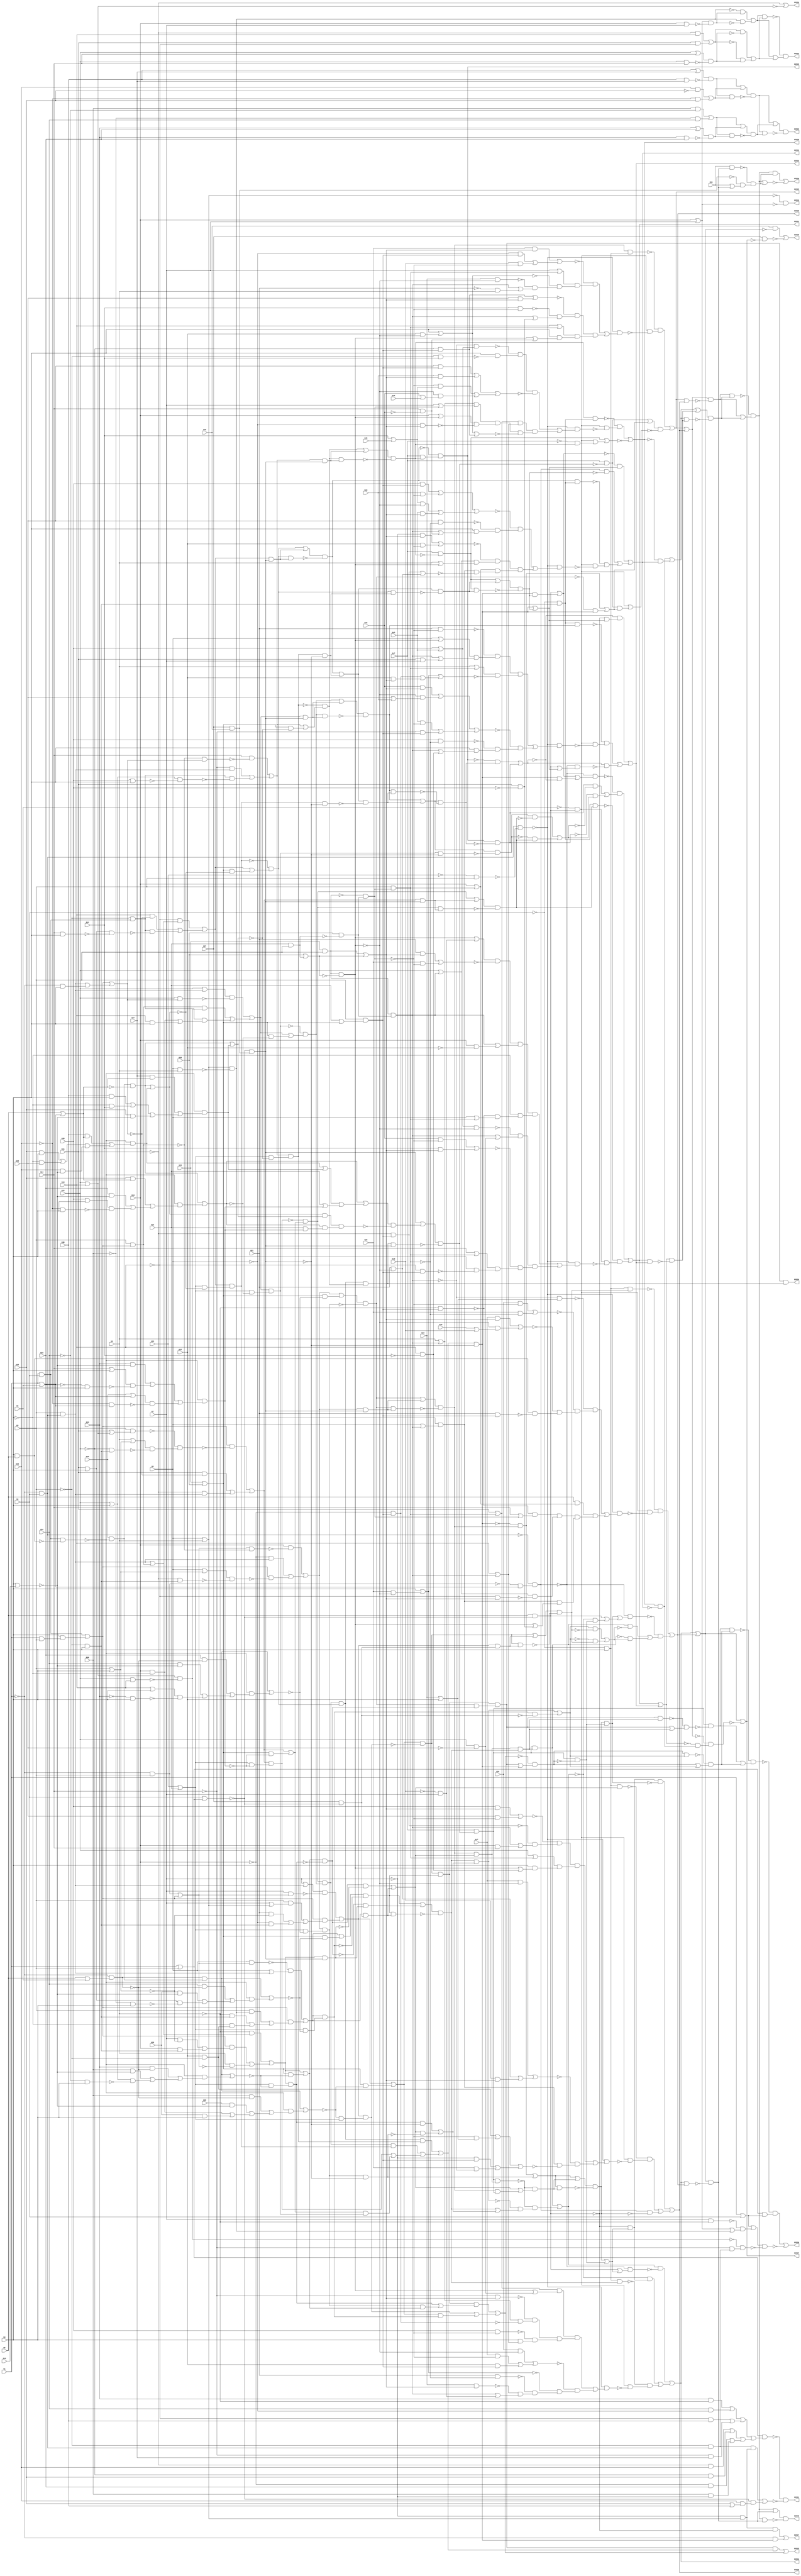
module c3540 ( G1 , G10 , G11 , G12 , G13 , G14 , G15 , G16 , G17 , G18 , G19 , G2 , G20 , G21 , G22 , G23 , G24 , G25 , G26 , G27 , G28 , G29 , G3 , G30 , G31 , G32 , G33 , G34 , G35 , G36 , G37 , G38 , G39 , G4 , G40 , G41 , G42 , G43 , G44 , G45 , G46 , G47 , G48 , G49 , G5 , G50 , G6 , G7 , G8 , G9 , G3519 , G3520 , G3521 , G3522 , G3523 , G3524 , G3525 , G3526 , G3527 , G3528 , G3529 , G3530 , G3531 , G3532 , G3533 , G3534 , G3535 , G3536 , G3537 , G3538 , G3539 , G3540 );
  input G1 , G10 , G11 , G12 , G13 , G14 , G15 , G16 , G17 , G18 , G19 , G2 , G20 , G21 , G22 , G23 , G24 , G25 , G26 , G27 , G28 , G29 , G3 , G30 , G31 , G32 , G33 , G34 , G35 , G36 , G37 , G38 , G39 , G4 , G40 , G41 , G42 , G43 , G44 , G45 , G46 , G47 , G48 , G49 , G5 , G50 , G6 , G7 , G8 , G9 ;
  output G3519 , G3520 , G3521 , G3522 , G3523 , G3524 , G3525 , G3526 , G3527 , G3528 , G3529 , G3530 , G3531 , G3532 , G3533 , G3534 , G3535 , G3536 , G3537 , G3538 , G3539 , G3540 ;
  wire n51 , n52 , n53 , n54 , n55 , n56 , n57 , n58 , n59 , n60 , n61 , n62 , n63 , n64 , n65 , n66 , n67 , n68 , n69 , n70 , n71 , n72 , n73 , n74 , n75 , n76 , n77 , n78 , n79 , n80 , n81 , n82 , n83 , n84 , n85 , n86 , n87 , n88 , n89 , n90 , n91 , n92 , n93 , n94 , n95 , n96 , n97 , n98 , n99 , n100 , n101 , n102 , n103 , n104 , n105 , n106 , n107 , n108 , n109 , n110 , n111 , n112 , n113 , n114 , n115 , n116 , n117 , n118 , n119 , n120 , n121 , n122 , n123 , n124 , n125 , n126 , n127 , n128 , n129 , n130 , n131 , n132 , n133 , n134 , n135 , n136 , n137 , n138 , n139 , n140 , n141 , n142 , n143 , n144 , n145 , n146 , n147 , n148 , n149 , n150 , n151 , n152 , n153 , n154 , n155 , n156 , n157 , n158 , n159 , n160 , n161 , n162 , n163 , n164 , n165 , n166 , n167 , n168 , n169 , n170 , n171 , n172 , n173 , n174 , n175 , n176 , n177 , n178 , n179 , n180 , n181 , n182 , n183 , n184 , n185 , n186 , n187 , n188 , n189 , n190 , n191 , n192 , n193 , n194 , n195 , n196 , n197 , n198 , n199 , n200 , n201 , n202 , n203 , n204 , n205 , n206 , n207 , n208 , n209 , n210 , n211 , n212 , n213 , n214 , n215 , n216 , n217 , n218 , n219 , n220 , n221 , n222 , n223 , n224 , n225 , n226 , n227 , n228 , n229 , n230 , n231 , n232 , n233 , n234 , n235 , n236 , n237 , n238 , n239 , n240 , n241 , n242 , n243 , n244 , n245 , n246 , n247 , n248 , n249 , n250 , n251 , n252 , n253 , n254 , n255 , n256 , n257 , n258 , n259 , n260 , n261 , n262 , n263 , n264 , n265 , n266 , n267 , n268 , n269 , n270 , n271 , n272 , n273 , n274 , n275 , n276 , n277 , n278 , n279 , n280 , n281 , n282 , n283 , n284 , n285 , n286 , n287 , n288 , n289 , n290 , n291 , n292 , n293 , n294 , n295 , n296 , n297 , n298 , n299 , n300 , n301 , n302 , n303 , n304 , n305 , n306 , n307 , n308 , n309 , n310 , n311 , n312 , n313 , n314 , n315 , n316 , n317 , n318 , n319 , n320 , n321 , n322 , n323 , n324 , n325 , n326 , n327 , n328 , n329 , n330 , n331 , n332 , n333 , n334 , n335 , n336 , n337 , n338 , n339 , n340 , n341 , n342 , n343 , n344 , n345 , n346 , n347 , n348 , n349 , n350 , n351 , n352 , n353 , n354 , n355 , n356 , n357 , n358 , n359 , n360 , n361 , n362 , n363 , n364 , n365 , n366 , n367 , n368 , n369 , n370 , n371 , n372 , n373 , n374 , n375 , n376 , n377 , n378 , n379 , n380 , n381 , n382 , n383 , n384 , n385 , n386 , n387 , n388 , n389 , n390 , n391 , n392 , n393 , n394 , n395 , n396 , n397 , n398 , n399 , n400 , n401 , n402 , n403 , n404 , n405 , n406 , n407 , n408 , n409 , n410 , n411 , n412 , n413 , n414 , n415 , n416 , n417 , n418 , n419 , n420 , n421 , n422 , n423 , n424 , n425 , n426 , n427 , n428 , n429 , n430 , n431 , n432 , n433 , n434 , n435 , n436 , n437 , n438 , n439 , n440 , n441 , n442 , n443 , n444 , n445 , n446 , n447 , n448 , n449 , n450 , n451 , n452 , n453 , n454 , n455 , n456 , n457 , n458 , n459 , n460 , n461 , n462 , n463 , n464 , n465 , n466 , n467 , n468 , n469 , n470 , n471 , n472 , n473 , n474 , n475 , n476 , n477 , n478 , n479 , n480 , n481 , n482 , n483 , n484 , n485 , n486 , n487 , n488 , n489 , n490 , n491 , n492 , n493 , n494 , n495 , n496 , n497 , n498 , n499 , n500 , n501 , n502 , n503 , n504 , n505 , n506 , n507 , n508 , n509 , n510 , n511 , n512 , n513 , n514 , n515 , n516 , n517 , n518 , n519 , n520 , n521 , n522 , n523 , n524 , n525 , n526 , n527 , n528 , n529 , n530 , n531 , n532 , n533 , n534 , n535 , n536 , n537 , n538 , n539 , n540 , n541 , n542 , n543 , n544 , n545 , n546 , n547 , n548 , n549 , n550 , n551 , n552 , n553 , n554 , n555 , n556 , n557 , n558 , n559 , n560 , n561 , n562 , n563 , n564 , n565 , n566 , n567 , n568 , n569 , n570 , n571 , n572 , n573 , n574 , n575 , n576 , n577 , n578 , n579 , n580 , n581 , n582 , n583 , n584 , n585 , n586 , n587 , n588 , n589 , n590 , n591 , n592 , n593 , n594 , n595 , n596 , n597 , n598 , n599 , n600 , n601 , n602 , n603 , n604 , n605 , n606 , n607 , n608 , n609 , n610 , n611 , n612 , n613 , n614 , n615 , n616 , n617 , n618 , n619 , n620 , n621 , n622 , n623 , n624 , n625 , n626 , n627 , n628 , n629 , n630 , n631 , n632 , n633 , n634 , n635 , n636 , n637 , n638 , n639 , n640 , n641 , n642 , n643 , n644 , n645 , n646 , n647 , n648 , n649 , n650 , n651 , n652 , n653 , n654 , n655 , n656 , n657 , n658 , n659 , n660 , n661 , n662 , n663 , n664 , n665 , n666 , n667 , n668 , n669 , n670 , n671 , n672 , n673 , n674 , n675 , n676 , n677 , n678 , n679 , n680 , n681 , n682 , n683 , n684 , n685 , n686 , n687 , n688 , n689 , n690 , n691 , n692 , n693 , n694 , n695 , n696 , n697 , n698 , n699 , n700 , n701 , n702 , n703 , n704 , n705 , n706 , n707 , n708 , n709 , n710 , n711 , n712 , n713 , n714 , n715 , n716 , n717 , n718 , n719 , n720 , n721 , n722 , n723 , n724 , n725 , n726 , n727 , n728 , n729 , n730 , n731 , n732 , n733 , n734 , n735 , n736 , n737 , n738 , n739 , n740 , n741 , n742 , n743 , n744 , n745 , n746 , n747 , n748 , n749 , n750 , n751 , n752 , n753 , n754 , n755 , n756 , n757 , n758 , n759 , n760 , n761 , n762 , n763 , n764 , n765 , n766 , n767 , n768 , n769 , n770 , n771 , n772 , n773 , n774 , n775 , n776 , n777 , n778 , n779 , n780 , n781 , n782 , n783 , n784 , n785 , n786 , n787 , n788 , n789 , n790 , n791 , n792 , n793 , n794 , n795 , n796 , n797 , n798 , n799 , n800 , n801 , n802 , n803 , n804 , n805 , n806 , n807 , n808 , n809 , n810 , n811 , n812 , n813 , n814 , n815 , n816 , n817 , n818 , n819 , n820 , n821 , n822 , n823 , n824 , n825 , n826 , n827 , n828 , n829 , n830 , n831 , n832 , n833 , n834 , n835 , n836 , n837 , n838 , n839 , n840 , n841 , n842 , n843 , n844 ;
  assign n51 = G8 | G9 ;
  assign n52 = G10 | G7 ;
  assign n53 = ~n51 & ~n52 ;
  assign n54 = G12 | G13 ;
  assign n55 = ~G11 | ~n54 ;
  assign n56 = G1 | G3 ;
  assign n57 = G32 & ~G9 ;
  assign n58 = G31 & ~G8 ;
  assign n59 = n57 | n58 ;
  assign n60 = ~G13 & G36 ;
  assign n61 = ~G14 & G37 ;
  assign n62 = n60 | n61 ;
  assign n63 = n59 | n62 ;
  assign n64 = ~G11 & G34 ;
  assign n65 = ~G12 & G35 ;
  assign n66 = n64 | n65 ;
  assign n67 = ~G10 & G33 ;
  assign n68 = G30 & ~G7 ;
  assign n69 = n67 | n68 ;
  assign n70 = n66 | n69 ;
  assign n71 = n63 | n70 ;
  assign n72 = n56 & n71 ;
  assign n73 = ~G1 & G2 ;
  assign n74 = ~G3 & n73 ;
  assign n75 = ~G7 & n51 ;
  assign n76 = n74 & n75 ;
  assign n77 = G2 | n56 ;
  assign n78 = G35 | G36 ;
  assign n79 = G34 & n78 ;
  assign n80 = ~n77 & n79 ;
  assign n81 = n76 | n80 ;
  assign n82 = ~n72 & ~n81 ;
  assign n83 = G36 | G37 ;
  assign n84 = G36 & G37 ;
  assign n85 = n83 & ~n84 ;
  assign n86 = G34 & ~G35 ;
  assign n87 = ~G34 & G35 ;
  assign n88 = n86 | n87 ;
  assign n89 = n85 | n88 ;
  assign n90 = n85 & n88 ;
  assign n91 = n89 & ~n90 ;
  assign n92 = G30 & ~G31 ;
  assign n93 = ~G30 & G31 ;
  assign n94 = n92 | n93 ;
  assign n95 = G32 | G33 ;
  assign n96 = G32 & G33 ;
  assign n97 = n95 & ~n96 ;
  assign n98 = n94 | n97 ;
  assign n99 = n94 & n97 ;
  assign n100 = n98 & ~n99 ;
  assign n101 = n91 | n100 ;
  assign n102 = n91 & n100 ;
  assign n103 = n101 & ~n102 ;
  assign n104 = G8 & G9 ;
  assign n105 = n51 & ~n104 ;
  assign n106 = G10 & G7 ;
  assign n107 = n52 & ~n106 ;
  assign n108 = ~n105 & n107 ;
  assign n109 = n105 & ~n107 ;
  assign n110 = n108 | n109 ;
  assign n111 = ~G11 & G13 ;
  assign n112 = G11 & ~G13 ;
  assign n113 = n111 | n112 ;
  assign n114 = G12 | G14 ;
  assign n115 = G12 & G14 ;
  assign n116 = n114 & ~n115 ;
  assign n117 = n113 & ~n116 ;
  assign n118 = ~n113 & n116 ;
  assign n119 = n117 | n118 ;
  assign n120 = n110 & n119 ;
  assign n121 = n110 | n119 ;
  assign n122 = ~n120 & n121 ;
  assign n123 = G3 & n73 ;
  assign n124 = G7 | n123 ;
  assign n125 = ~G1 & G3 ;
  assign n126 = G1 & G2 ;
  assign n127 = G1 & G3 ;
  assign n128 = G4 & n127 ;
  assign n129 = n126 | n128 ;
  assign n130 = n125 | n129 ;
  assign n131 = G7 & n130 ;
  assign n132 = n124 & ~n131 ;
  assign n133 = G7 | n51 ;
  assign n134 = G3 & n133 ;
  assign n135 = G3 | G4 ;
  assign n136 = G21 & ~n135 ;
  assign n137 = ~G3 & G4 ;
  assign n138 = ~G8 & n137 ;
  assign n139 = n136 | n138 ;
  assign n140 = n134 | n139 ;
  assign n141 = n129 & n140 ;
  assign n142 = n132 | n141 ;
  assign n143 = G25 | G26 ;
  assign n144 = G5 | G6 ;
  assign n145 = ~G1 & n144 ;
  assign n146 = G4 & G5 ;
  assign n147 = n126 & ~n146 ;
  assign n148 = G38 & ~n147 ;
  assign n149 = n145 & n148 ;
  assign n150 = G30 & ~n145 ;
  assign n151 = G4 | G49 ;
  assign n152 = G28 & ~n151 ;
  assign n153 = G10 & ~G4 ;
  assign n154 = G29 & G4 ;
  assign n155 = n153 | n154 ;
  assign n156 = n152 | n155 ;
  assign n157 = n150 | n156 ;
  assign n158 = ~n147 & n157 ;
  assign n159 = n149 | n158 ;
  assign n160 = n143 & ~n159 ;
  assign n161 = n142 | n160 ;
  assign n162 = G23 | G24 ;
  assign n163 = ~n159 & n162 ;
  assign n164 = n142 & n163 ;
  assign n165 = n161 & ~n164 ;
  assign n166 = G8 & n130 ;
  assign n167 = G8 | n123 ;
  assign n168 = ~n166 & n167 ;
  assign n169 = G3 & n105 ;
  assign n170 = ~G9 & n137 ;
  assign n171 = G22 & ~G3 ;
  assign n172 = ~G4 & n171 ;
  assign n173 = n170 | n172 ;
  assign n174 = n169 | n173 ;
  assign n175 = n129 & n174 ;
  assign n176 = n168 | n175 ;
  assign n177 = G31 & ~n145 ;
  assign n178 = G29 & ~n151 ;
  assign n179 = G11 | G4 ;
  assign n180 = ~G30 & G4 ;
  assign n181 = n179 & ~n180 ;
  assign n182 = n178 | n181 ;
  assign n183 = n177 | n182 ;
  assign n184 = ~n147 & n183 ;
  assign n185 = n149 | n184 ;
  assign n186 = n143 & ~n185 ;
  assign n187 = n176 | n186 ;
  assign n188 = n162 & ~n185 ;
  assign n189 = n176 & n188 ;
  assign n190 = n187 & ~n189 ;
  assign n191 = n165 & n190 ;
  assign n192 = G3 & n129 ;
  assign n193 = n130 & ~n192 ;
  assign n194 = G10 & ~n193 ;
  assign n195 = ~G10 & n123 ;
  assign n196 = G8 | n135 ;
  assign n197 = ~G11 & n137 ;
  assign n198 = n196 & ~n197 ;
  assign n199 = n129 & ~n198 ;
  assign n200 = n195 | n199 ;
  assign n201 = n194 | n200 ;
  assign n202 = G33 & ~n145 ;
  assign n203 = G31 & ~n151 ;
  assign n204 = G13 | G4 ;
  assign n205 = ~G32 & G4 ;
  assign n206 = n204 & ~n205 ;
  assign n207 = n203 | n206 ;
  assign n208 = n202 | n207 ;
  assign n209 = ~n147 & n208 ;
  assign n210 = n149 | n209 ;
  assign n211 = n143 & ~n210 ;
  assign n212 = n201 | n211 ;
  assign n213 = n162 & ~n210 ;
  assign n214 = n201 & n213 ;
  assign n215 = n212 & ~n214 ;
  assign n216 = n123 | n192 ;
  assign n217 = ~G9 & n216 ;
  assign n218 = G7 & ~n135 ;
  assign n219 = G10 & n137 ;
  assign n220 = n218 | n219 ;
  assign n221 = n129 & n220 ;
  assign n222 = G9 & ~n130 ;
  assign n223 = n221 | n222 ;
  assign n224 = n217 | n223 ;
  assign n225 = G32 & ~n145 ;
  assign n226 = G30 & ~n151 ;
  assign n227 = G12 | G4 ;
  assign n228 = ~G31 & G4 ;
  assign n229 = n227 & ~n228 ;
  assign n230 = n226 | n229 ;
  assign n231 = n225 | n230 ;
  assign n232 = ~n147 & n231 ;
  assign n233 = n149 | n232 ;
  assign n234 = n143 & ~n233 ;
  assign n235 = n224 | n234 ;
  assign n236 = n162 & ~n233 ;
  assign n237 = n224 & n236 ;
  assign n238 = n235 & ~n237 ;
  assign n239 = n215 & n238 ;
  assign n240 = n191 & n239 ;
  assign n241 = G11 | n54 ;
  assign n242 = G3 & n241 ;
  assign n243 = G9 | n135 ;
  assign n244 = ~G12 & n137 ;
  assign n245 = n243 & ~n244 ;
  assign n246 = ~n242 & n245 ;
  assign n247 = n129 & ~n246 ;
  assign n248 = ~G1 & G4 ;
  assign n249 = n123 | n248 ;
  assign n250 = n129 | n249 ;
  assign n251 = G11 & ~n250 ;
  assign n252 = ~G11 & n123 ;
  assign n253 = n251 | n252 ;
  assign n254 = n247 | n253 ;
  assign n255 = G32 & ~n151 ;
  assign n256 = G14 | G4 ;
  assign n257 = ~G33 & G4 ;
  assign n258 = n256 & ~n257 ;
  assign n259 = n255 | n258 ;
  assign n260 = G1 | G6 ;
  assign n261 = G38 | n260 ;
  assign n262 = ~G34 & n260 ;
  assign n263 = n261 & ~n262 ;
  assign n264 = n259 | n263 ;
  assign n265 = ~n147 & n264 ;
  assign n266 = n162 & ~n265 ;
  assign n267 = n254 & n266 ;
  assign n268 = n143 & ~n265 ;
  assign n269 = n254 | n268 ;
  assign n270 = ~n267 & n269 ;
  assign n271 = G12 | n123 ;
  assign n272 = G12 & n250 ;
  assign n273 = n271 & ~n272 ;
  assign n274 = G12 & G13 ;
  assign n275 = n54 & ~n274 ;
  assign n276 = n192 & n275 ;
  assign n277 = ~G3 & n126 ;
  assign n278 = G13 & G4 ;
  assign n279 = n153 | n278 ;
  assign n280 = n277 & n279 ;
  assign n281 = n276 | n280 ;
  assign n282 = n273 | n281 ;
  assign n283 = G5 | n260 ;
  assign n284 = n148 & ~n283 ;
  assign n285 = G35 & n283 ;
  assign n286 = G33 & ~n151 ;
  assign n287 = G39 | G4 ;
  assign n288 = ~G34 & G4 ;
  assign n289 = n287 & ~n288 ;
  assign n290 = n286 | n289 ;
  assign n291 = n285 | n290 ;
  assign n292 = ~n147 & n291 ;
  assign n293 = n284 | n292 ;
  assign n294 = n162 & ~n293 ;
  assign n295 = n282 & n294 ;
  assign n296 = n143 & ~n293 ;
  assign n297 = n282 | n296 ;
  assign n298 = ~n295 & n297 ;
  assign n299 = n270 & n298 ;
  assign n300 = ~G13 & n216 ;
  assign n301 = G13 & ~n250 ;
  assign n302 = G14 & G4 ;
  assign n303 = n179 & ~n302 ;
  assign n304 = n277 & ~n303 ;
  assign n305 = n301 | n304 ;
  assign n306 = n300 | n305 ;
  assign n307 = G36 & n283 ;
  assign n308 = G35 & G4 ;
  assign n309 = ~G4 & G40 ;
  assign n310 = n308 | n309 ;
  assign n311 = G34 & ~n151 ;
  assign n312 = n310 | n311 ;
  assign n313 = n307 | n312 ;
  assign n314 = ~n147 & n313 ;
  assign n315 = n284 | n314 ;
  assign n316 = n162 & ~n315 ;
  assign n317 = n306 & n316 ;
  assign n318 = n143 & ~n315 ;
  assign n319 = n306 | n318 ;
  assign n320 = ~n317 & n319 ;
  assign n321 = n299 & n320 ;
  assign n322 = ~n192 & n250 ;
  assign n323 = G14 & ~n322 ;
  assign n324 = ~G14 & n123 ;
  assign n325 = G39 & G4 ;
  assign n326 = n227 & ~n325 ;
  assign n327 = n277 & ~n326 ;
  assign n328 = n324 | n327 ;
  assign n329 = n323 | n328 ;
  assign n330 = G37 & n283 ;
  assign n331 = G36 & G4 ;
  assign n332 = ~G4 & G41 ;
  assign n333 = n331 | n332 ;
  assign n334 = G35 & ~n151 ;
  assign n335 = n333 | n334 ;
  assign n336 = n330 | n335 ;
  assign n337 = ~n147 & n336 ;
  assign n338 = n284 | n337 ;
  assign n339 = n162 & ~n338 ;
  assign n340 = n329 & n339 ;
  assign n341 = n143 & ~n338 ;
  assign n342 = n329 | n341 ;
  assign n343 = ~n340 & n342 ;
  assign n344 = n321 & n343 ;
  assign n345 = n240 & n344 ;
  assign n346 = n321 & n340 ;
  assign n347 = n299 & n317 ;
  assign n348 = n269 & n295 ;
  assign n349 = n267 | n348 ;
  assign n350 = n347 | n349 ;
  assign n351 = n346 | n350 ;
  assign n352 = n240 & n351 ;
  assign n353 = n214 & n235 ;
  assign n354 = n237 | n353 ;
  assign n355 = n191 & n354 ;
  assign n356 = n161 & n189 ;
  assign n357 = n164 | n356 ;
  assign n358 = n355 | n357 ;
  assign n359 = n352 | n358 ;
  assign n360 = G27 & G48 ;
  assign n361 = ~n77 & n360 ;
  assign n362 = n306 & n361 ;
  assign n363 = n320 | n362 ;
  assign n364 = n320 & n362 ;
  assign n365 = n363 & ~n364 ;
  assign n366 = n329 & n361 ;
  assign n367 = n343 | n366 ;
  assign n368 = n343 & n366 ;
  assign n369 = n367 & ~n368 ;
  assign n370 = G47 & n369 ;
  assign n371 = ~n365 & n370 ;
  assign n372 = G5 & ~n77 ;
  assign n373 = n75 & ~n372 ;
  assign n374 = n351 & ~n361 ;
  assign n375 = ~G1 & n374 ;
  assign n376 = n373 | n375 ;
  assign n377 = ~G2 & n137 ;
  assign n378 = n369 & n377 ;
  assign n379 = ~G6 & n372 ;
  assign n380 = ~G23 & G3 ;
  assign n381 = n73 & ~n380 ;
  assign n382 = G25 & G3 ;
  assign n383 = G24 & G3 ;
  assign n384 = G26 & ~n383 ;
  assign n385 = n382 & n384 ;
  assign n386 = G39 | G43 ;
  assign n387 = ~n385 & n386 ;
  assign n388 = ~G3 & G41 ;
  assign n389 = G4 & ~n388 ;
  assign n390 = ~n387 & n389 ;
  assign n391 = G24 | n143 ;
  assign n392 = G3 & n391 ;
  assign n393 = G40 & n392 ;
  assign n394 = G26 | n383 ;
  assign n395 = n382 | n394 ;
  assign n396 = G44 & n395 ;
  assign n397 = n393 | n396 ;
  assign n398 = ~n382 & n384 ;
  assign n399 = G41 | G45 ;
  assign n400 = ~n398 & n399 ;
  assign n401 = n382 & ~n394 ;
  assign n402 = G42 | G46 ;
  assign n403 = ~n401 & n402 ;
  assign n404 = n400 | n403 ;
  assign n405 = n397 | n404 ;
  assign n406 = n390 & ~n405 ;
  assign n407 = G3 & n398 ;
  assign n408 = G11 | n407 ;
  assign n409 = G13 | n385 ;
  assign n410 = n408 & n409 ;
  assign n411 = G9 | n385 ;
  assign n412 = G7 | n398 ;
  assign n413 = n411 & n412 ;
  assign n414 = G10 | n401 ;
  assign n415 = ~G8 & n395 ;
  assign n416 = n414 & ~n415 ;
  assign n417 = n413 & n416 ;
  assign n418 = G22 & ~n401 ;
  assign n419 = G4 | n418 ;
  assign n420 = ~G12 & n392 ;
  assign n421 = n419 | n420 ;
  assign n422 = n417 & ~n421 ;
  assign n423 = n410 & n422 ;
  assign n424 = n406 | n423 ;
  assign n425 = ~n381 & n424 ;
  assign n426 = n379 & ~n425 ;
  assign n427 = ~n378 & n426 ;
  assign n428 = G47 & ~n369 ;
  assign n429 = ~G47 & n369 ;
  assign n430 = n379 | n429 ;
  assign n431 = n428 | n430 ;
  assign n432 = n427 | ~n431 ;
  assign n433 = n201 & n361 ;
  assign n434 = n215 | n433 ;
  assign n435 = n215 & n433 ;
  assign n436 = n434 & ~n435 ;
  assign n437 = ~G2 & G4 ;
  assign n438 = n436 & n437 ;
  assign n439 = G20 & n395 ;
  assign n440 = ~G8 & n392 ;
  assign n441 = G19 & ~n398 ;
  assign n442 = n440 | n441 ;
  assign n443 = n439 | n442 ;
  assign n444 = G7 | n407 ;
  assign n445 = G18 & ~n401 ;
  assign n446 = ~G21 & G9 ;
  assign n447 = n385 | n446 ;
  assign n448 = ~n445 & n447 ;
  assign n449 = ~n419 & n448 ;
  assign n450 = n444 & n449 ;
  assign n451 = ~n443 & n450 ;
  assign n452 = G40 & n395 ;
  assign n453 = n420 | n452 ;
  assign n454 = G41 & ~n398 ;
  assign n455 = G11 & ~G39 ;
  assign n456 = n385 | n455 ;
  assign n457 = ~n454 & n456 ;
  assign n458 = ~n453 & n457 ;
  assign n459 = G13 | n407 ;
  assign n460 = G14 & ~G42 ;
  assign n461 = n401 | n460 ;
  assign n462 = G4 & n461 ;
  assign n463 = n459 & n462 ;
  assign n464 = n458 & n463 ;
  assign n465 = n451 | n464 ;
  assign n466 = ~n381 & n465 ;
  assign n467 = n379 & ~n466 ;
  assign n468 = ~n438 & n467 ;
  assign n469 = n314 | n337 ;
  assign n470 = G24 | n265 ;
  assign n471 = n469 | n470 ;
  assign n472 = n293 | n471 ;
  assign n473 = n315 & n338 ;
  assign n474 = G24 & n265 ;
  assign n475 = n293 & n474 ;
  assign n476 = n473 & n475 ;
  assign n477 = n472 & ~n476 ;
  assign n478 = n361 | n477 ;
  assign n479 = n344 & n361 ;
  assign n480 = n478 & ~n479 ;
  assign n481 = G47 & ~n480 ;
  assign n482 = ~n374 & n436 ;
  assign n483 = ~n215 & n374 ;
  assign n484 = n482 | n483 ;
  assign n485 = n481 | n484 ;
  assign n486 = n481 & n484 ;
  assign n487 = n379 | n486 ;
  assign n488 = n485 & ~n487 ;
  assign n489 = n468 | n488 ;
  assign n490 = G47 & n480 ;
  assign n491 = n224 & n361 ;
  assign n492 = n238 & ~n491 ;
  assign n493 = ~n238 & n491 ;
  assign n494 = n492 | n493 ;
  assign n495 = n436 & n494 ;
  assign n496 = G27 & ~n77 ;
  assign n497 = n176 & n496 ;
  assign n498 = n190 | n497 ;
  assign n499 = n190 & n497 ;
  assign n500 = n498 & ~n499 ;
  assign n501 = n495 & n500 ;
  assign n502 = n240 & n501 ;
  assign n503 = n240 | n501 ;
  assign n504 = ~n502 & n503 ;
  assign n505 = n490 & ~n504 ;
  assign n506 = n240 | n374 ;
  assign n507 = ~n358 & n506 ;
  assign n508 = n237 & ~n361 ;
  assign n509 = n214 & ~n361 ;
  assign n510 = n494 & ~n509 ;
  assign n511 = n508 | n510 ;
  assign n512 = n500 & n511 ;
  assign n513 = n189 & ~n496 ;
  assign n514 = n512 | n513 ;
  assign n515 = n507 & n514 ;
  assign n516 = n507 | n514 ;
  assign n517 = ~n515 & n516 ;
  assign n518 = n505 & n517 ;
  assign n519 = n505 | n517 ;
  assign n520 = ~n518 & n519 ;
  assign n521 = G1 | G2 ;
  assign n522 = n56 & n521 ;
  assign n523 = ~n520 & n522 ;
  assign n524 = G7 & ~G9 ;
  assign n525 = n52 | n105 ;
  assign n526 = ~n524 & n525 ;
  assign n527 = n521 | n526 ;
  assign n528 = ~G14 & n74 ;
  assign n529 = ~n275 & n528 ;
  assign n530 = n527 & ~n529 ;
  assign n531 = n523 | ~n530 ;
  assign n532 = ~n125 & n260 ;
  assign n533 = ~n73 & n532 ;
  assign n534 = n340 & ~n361 ;
  assign n535 = n365 | n534 ;
  assign n536 = n320 & n534 ;
  assign n537 = n535 & ~n536 ;
  assign n538 = n428 | n537 ;
  assign n539 = n428 & n537 ;
  assign n540 = n538 & ~n539 ;
  assign n541 = n374 & n540 ;
  assign n542 = n372 | n541 ;
  assign n543 = n282 & n361 ;
  assign n544 = n298 | n543 ;
  assign n545 = n298 & n543 ;
  assign n546 = n544 & ~n545 ;
  assign n547 = n317 & ~n361 ;
  assign n548 = n535 & ~n547 ;
  assign n549 = n546 | n548 ;
  assign n550 = n546 & n548 ;
  assign n551 = n549 & ~n550 ;
  assign n552 = ~n371 & n551 ;
  assign n553 = n371 & ~n551 ;
  assign n554 = n552 | n553 ;
  assign n555 = n374 & ~n554 ;
  assign n556 = n542 | n555 ;
  assign n557 = ~n533 & n556 ;
  assign n558 = n295 & ~n361 ;
  assign n559 = n549 & ~n558 ;
  assign n560 = n254 & n361 ;
  assign n561 = n270 | n560 ;
  assign n562 = n270 & n560 ;
  assign n563 = n561 & ~n562 ;
  assign n564 = n559 & ~n563 ;
  assign n565 = ~n559 & n563 ;
  assign n566 = n564 | n565 ;
  assign n567 = n553 & ~n566 ;
  assign n568 = ~n553 & n566 ;
  assign n569 = n567 | n568 ;
  assign n570 = ~n557 & n569 ;
  assign n571 = n377 & n563 ;
  assign n572 = ~G19 & G7 ;
  assign n573 = n401 | n572 ;
  assign n574 = G21 & n395 ;
  assign n575 = G20 & ~n398 ;
  assign n576 = n574 | n575 ;
  assign n577 = n573 & ~n576 ;
  assign n578 = G10 & ~G22 ;
  assign n579 = n385 | n578 ;
  assign n580 = n577 & n579 ;
  assign n581 = ~G9 & n392 ;
  assign n582 = G8 | n407 ;
  assign n583 = ~n581 & n582 ;
  assign n584 = ~G4 & n583 ;
  assign n585 = n580 & n584 ;
  assign n586 = n386 & ~n401 ;
  assign n587 = G12 & ~G40 ;
  assign n588 = n385 | n587 ;
  assign n589 = ~n586 & n588 ;
  assign n590 = G42 & ~n398 ;
  assign n591 = G41 & n395 ;
  assign n592 = n590 | n591 ;
  assign n593 = G14 | n407 ;
  assign n594 = ~G13 & n392 ;
  assign n595 = G4 & ~n594 ;
  assign n596 = n593 & n595 ;
  assign n597 = ~n592 & n596 ;
  assign n598 = n589 & n597 ;
  assign n599 = n585 | n598 ;
  assign n600 = ~n381 & n599 ;
  assign n601 = n379 & ~n600 ;
  assign n602 = ~n571 & n601 ;
  assign n603 = n570 | n602 ;
  assign n604 = n374 | n540 ;
  assign n605 = ~n542 & n604 ;
  assign n606 = n533 & ~n540 ;
  assign n607 = n365 & n377 ;
  assign n608 = G39 & n392 ;
  assign n609 = G44 & ~n398 ;
  assign n610 = n608 | n609 ;
  assign n611 = n399 & ~n401 ;
  assign n612 = G43 & n395 ;
  assign n613 = n611 | n612 ;
  assign n614 = n610 | n613 ;
  assign n615 = G40 & ~n407 ;
  assign n616 = n385 | n460 ;
  assign n617 = G4 & n616 ;
  assign n618 = ~n615 & n617 ;
  assign n619 = ~n614 & n618 ;
  assign n620 = ~G7 & n395 ;
  assign n621 = G22 & ~n398 ;
  assign n622 = n620 | n621 ;
  assign n623 = G12 | n385 ;
  assign n624 = G9 | n401 ;
  assign n625 = n623 & n624 ;
  assign n626 = ~n622 & n625 ;
  assign n627 = G10 | n407 ;
  assign n628 = G8 | n385 ;
  assign n629 = ~G4 & n628 ;
  assign n630 = ~G11 & n392 ;
  assign n631 = G21 & ~n401 ;
  assign n632 = n630 | n631 ;
  assign n633 = n629 & ~n632 ;
  assign n634 = n627 & n633 ;
  assign n635 = n626 & n634 ;
  assign n636 = n619 | n635 ;
  assign n637 = ~n381 & n636 ;
  assign n638 = n379 & ~n637 ;
  assign n639 = ~n607 & n638 ;
  assign n640 = n606 | n639 ;
  assign n641 = n605 | n640 ;
  assign n642 = ~n372 & n604 ;
  assign n643 = ~n554 & n642 ;
  assign n644 = n377 & n546 ;
  assign n645 = G21 & ~n398 ;
  assign n646 = G8 | n401 ;
  assign n647 = G11 & G7 ;
  assign n648 = n385 | n647 ;
  assign n649 = n646 & n648 ;
  assign n650 = ~n645 & n649 ;
  assign n651 = G9 | n407 ;
  assign n652 = G20 & ~n401 ;
  assign n653 = G4 | n652 ;
  assign n654 = ~G10 & n392 ;
  assign n655 = G22 & n395 ;
  assign n656 = n654 | n655 ;
  assign n657 = n653 | n656 ;
  assign n658 = n651 & ~n657 ;
  assign n659 = n650 & n658 ;
  assign n660 = G42 & n395 ;
  assign n661 = G40 | G44 ;
  assign n662 = ~n401 & n661 ;
  assign n663 = n660 | n662 ;
  assign n664 = G43 & ~n398 ;
  assign n665 = ~G14 & n392 ;
  assign n666 = n664 | n665 ;
  assign n667 = n663 | n666 ;
  assign n668 = G39 & ~n407 ;
  assign n669 = G13 & ~G41 ;
  assign n670 = n385 | n669 ;
  assign n671 = G4 & n670 ;
  assign n672 = ~n668 & n671 ;
  assign n673 = ~n667 & n672 ;
  assign n674 = n659 | n673 ;
  assign n675 = ~n381 & n674 ;
  assign n676 = n379 & ~n675 ;
  assign n677 = ~n644 & n676 ;
  assign n678 = n372 | n604 ;
  assign n679 = ~n533 & n678 ;
  assign n680 = n554 & ~n679 ;
  assign n681 = n677 | n680 ;
  assign n682 = n643 | n681 ;
  assign n683 = n490 & n501 ;
  assign n684 = n490 & n495 ;
  assign n685 = n500 | n511 ;
  assign n686 = ~n512 & n685 ;
  assign n687 = ~n684 & n686 ;
  assign n688 = n683 | n687 ;
  assign n689 = n482 | n509 ;
  assign n690 = n436 & n490 ;
  assign n691 = n494 | n690 ;
  assign n692 = ~n684 & n691 ;
  assign n693 = n689 | n692 ;
  assign n694 = n689 & n692 ;
  assign n695 = n693 & ~n694 ;
  assign n696 = n490 & ~n507 ;
  assign n697 = n695 | n696 ;
  assign n698 = n372 | n697 ;
  assign n699 = ~n533 & n698 ;
  assign n700 = n688 & ~n699 ;
  assign n701 = ~n372 & n697 ;
  assign n702 = ~n688 & n701 ;
  assign n703 = n437 & n500 ;
  assign n704 = n401 | n587 ;
  assign n705 = n408 & n704 ;
  assign n706 = ~G14 & n395 ;
  assign n707 = n411 & ~n654 ;
  assign n708 = ~n706 & n707 ;
  assign n709 = G39 & ~n398 ;
  assign n710 = G4 & n409 ;
  assign n711 = ~n709 & n710 ;
  assign n712 = n708 & n711 ;
  assign n713 = n705 & n712 ;
  assign n714 = G16 & ~n401 ;
  assign n715 = G17 & ~n398 ;
  assign n716 = G22 & n392 ;
  assign n717 = n715 | n716 ;
  assign n718 = n714 | n717 ;
  assign n719 = G21 & ~n407 ;
  assign n720 = G18 & n395 ;
  assign n721 = n385 | n572 ;
  assign n722 = ~n720 & n721 ;
  assign n723 = ~n719 & n722 ;
  assign n724 = ~n653 & n723 ;
  assign n725 = ~n718 & n724 ;
  assign n726 = n713 | n725 ;
  assign n727 = ~n381 & n726 ;
  assign n728 = n379 & ~n727 ;
  assign n729 = ~n703 & n728 ;
  assign n730 = n702 | n729 ;
  assign n731 = n700 | n730 ;
  assign n732 = n142 & n496 ;
  assign n733 = n165 | n732 ;
  assign n734 = n165 & n732 ;
  assign n735 = n733 & ~n734 ;
  assign n736 = n437 & n735 ;
  assign n737 = G18 | G22 ;
  assign n738 = ~n385 & n737 ;
  assign n739 = G16 & ~n398 ;
  assign n740 = G20 & ~n407 ;
  assign n741 = n739 | n740 ;
  assign n742 = G17 & n395 ;
  assign n743 = G15 | G19 ;
  assign n744 = ~n401 & n743 ;
  assign n745 = n742 | n744 ;
  assign n746 = G21 & n392 ;
  assign n747 = n146 & ~n746 ;
  assign n748 = ~n745 & n747 ;
  assign n749 = ~n741 & n748 ;
  assign n750 = ~n738 & n749 ;
  assign n751 = G5 & n627 ;
  assign n752 = G14 | n398 ;
  assign n753 = ~n581 & n752 ;
  assign n754 = ~G13 & n395 ;
  assign n755 = n623 & ~n754 ;
  assign n756 = n753 & n755 ;
  assign n757 = n401 | n455 ;
  assign n758 = n629 & n757 ;
  assign n759 = n756 & n758 ;
  assign n760 = n751 & n759 ;
  assign n761 = n750 | n760 ;
  assign n762 = ~n381 & n761 ;
  assign n763 = n379 & ~n762 ;
  assign n764 = ~n736 & n763 ;
  assign n765 = n695 & n696 ;
  assign n766 = ~n688 & n696 ;
  assign n767 = n372 | n766 ;
  assign n768 = n765 | n767 ;
  assign n769 = ~n533 & n768 ;
  assign n770 = n514 & ~n735 ;
  assign n771 = ~n514 & n735 ;
  assign n772 = n770 | n771 ;
  assign n773 = n683 & ~n772 ;
  assign n774 = ~n683 & n772 ;
  assign n775 = n773 | n774 ;
  assign n776 = ~n769 & n775 ;
  assign n777 = n764 | n776 ;
  assign n778 = n701 & ~n765 ;
  assign n779 = n437 & n494 ;
  assign n780 = G39 & n395 ;
  assign n781 = G40 & ~n398 ;
  assign n782 = n780 | n781 ;
  assign n783 = G10 & G14 ;
  assign n784 = n385 | n783 ;
  assign n785 = ~n630 & n784 ;
  assign n786 = ~n782 & n785 ;
  assign n787 = G12 | n407 ;
  assign n788 = n401 | n669 ;
  assign n789 = G4 & n788 ;
  assign n790 = n787 & n789 ;
  assign n791 = n786 & n790 ;
  assign n792 = G17 & ~n401 ;
  assign n793 = G19 & n395 ;
  assign n794 = n631 | n793 ;
  assign n795 = n792 | n794 ;
  assign n796 = ~n398 & n737 ;
  assign n797 = n171 | n796 ;
  assign n798 = ~G7 & n392 ;
  assign n799 = G20 & ~n385 ;
  assign n800 = n798 | n799 ;
  assign n801 = n797 | n800 ;
  assign n802 = n629 & ~n801 ;
  assign n803 = ~n795 & n802 ;
  assign n804 = n791 | n803 ;
  assign n805 = ~n381 & n804 ;
  assign n806 = n379 & ~n805 ;
  assign n807 = ~n779 & n806 ;
  assign n808 = n533 & ~n695 ;
  assign n809 = n807 | n808 ;
  assign n810 = n778 | n809 ;
  assign n811 = n731 | n777 ;
  assign n812 = n489 | n810 ;
  assign n813 = n603 | n682 ;
  assign n814 = n432 & ~n641 ;
  assign n815 = ~n813 & n814 ;
  assign n816 = ~n812 & n815 ;
  assign n817 = n811 | ~n816 ;
  assign n818 = G48 & ~n811 ;
  assign n819 = G27 & ~n817 ;
  assign n820 = n818 | ~n819 ;
  assign n821 = n489 & n810 ;
  assign n822 = n812 & ~n821 ;
  assign n823 = ~n432 & n641 ;
  assign n824 = n814 | n823 ;
  assign n825 = n603 & n682 ;
  assign n826 = n813 & ~n825 ;
  assign n827 = n824 | n826 ;
  assign n828 = n824 & n826 ;
  assign n829 = n827 & ~n828 ;
  assign n830 = n822 & n829 ;
  assign n831 = n822 | n829 ;
  assign n832 = ~n830 & n831 ;
  assign n833 = n731 & n777 ;
  assign n834 = n811 & ~n833 ;
  assign n835 = G50 & n834 ;
  assign n836 = G50 | n834 ;
  assign n837 = ~n360 & n836 ;
  assign n838 = ~n835 & n837 ;
  assign n839 = n832 & n838 ;
  assign n840 = n832 | n838 ;
  assign n841 = n839 | ~n840 ;
  assign n842 = n832 | n834 ;
  assign n843 = n832 & n834 ;
  assign n844 = n842 & ~n843 ;
  assign G3519 = n53 ;
  assign G3520 = n55 ;
  assign G3521 = n82 ;
  assign G3522 = n103 ;
  assign G3523 = n122 ;
  assign G3524 = n345 ;
  assign G3525 = n359 ;
  assign G3526 = n371 ;
  assign G3527 = n376 ;
  assign G3528 = n432 ;
  assign G3529 = n489 ;
  assign G3530 = n531 ;
  assign G3531 = n603 ;
  assign G3532 = n641 ;
  assign G3533 = n682 ;
  assign G3534 = n731 ;
  assign G3535 = n777 ;
  assign G3536 = n810 ;
  assign G3537 = n817 ;
  assign G3538 = n820 ;
  assign G3539 = n841 ;
  assign G3540 = n844 ;
endmodule